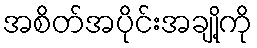
အစိတ်အပိုင်းအချို့ကို